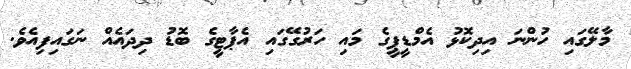
މާލޭގައި ހުންނަ އިދިކޮޅު އެމްޑީޕީގެ މައި ހަރުގޭގައި އެޕާޓީގެ ބޮޑު ދިދައެއް ނަގައިފިއެވެ.